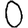
Digit: 0